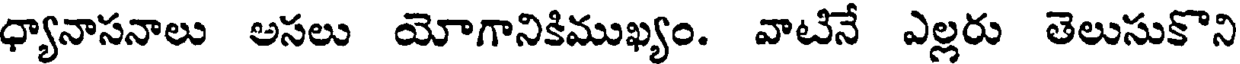
ధ్యానాసనాలు అసలు యోగానికిముఖ్యం. వాటినే ఎల్లరు తెలుసుకొని